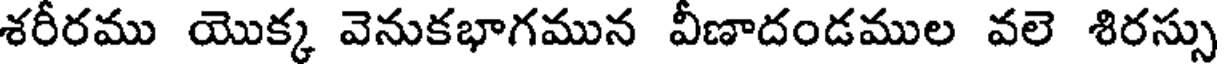
శరీరము యొక్క వెనుకభాగమున వీణాదండముల వలె శిరస్సు